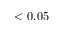
< 0 . 0 5